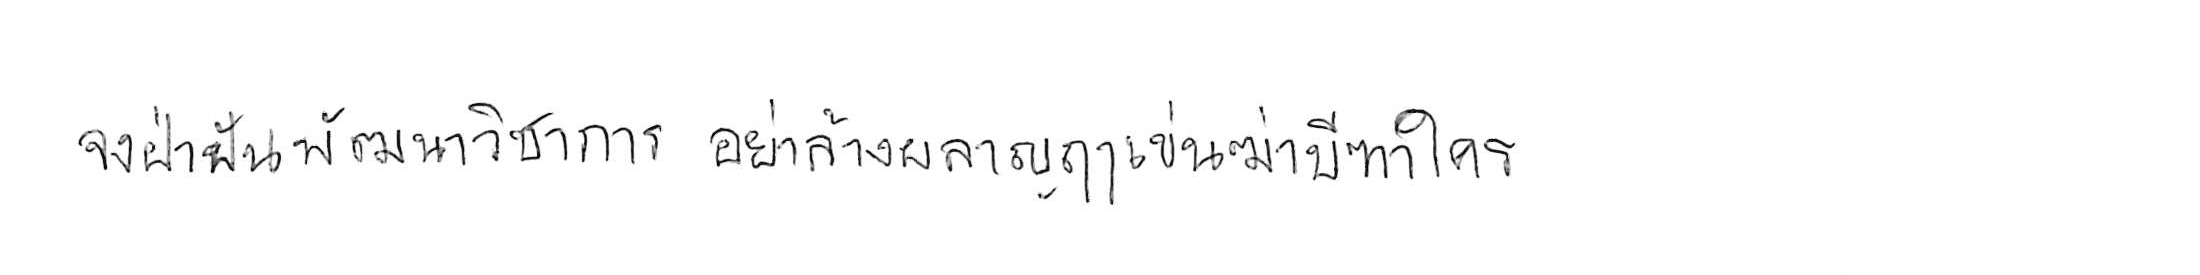
จงฝ่าฟันพัฒนาวิชาการ อย่าล้างผลาญฤๅเข่นฆ่าบีฑาใคร